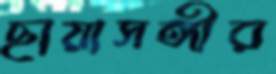
ছায়াসঙ্গীর